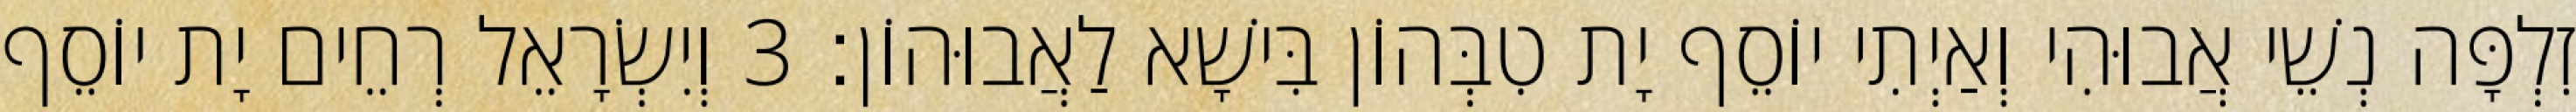
זִלְפָּה נְשֵׁי אֲבוּהִי וְאַיְתִי יוֹסֵף יָת טִבְּהוֹן בִּישָׁא לַאֲבוּהוֹן׃ 3 וְיִשְׂרָאֵל רְחֵים יָת יוֹסֵף